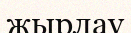
жырлау